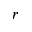
r